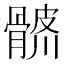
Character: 𩩨